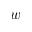
w